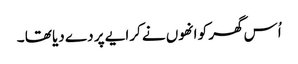
اُس گھر کو انھوں نے کرایے پر دے دیا تھا ۔